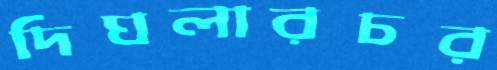
দিঘলারচর